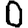
Digit: 0